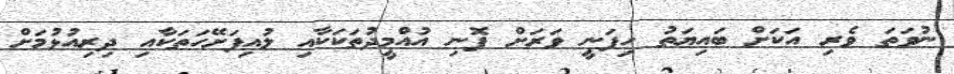
ނުވަތަ ވެރި އަކަށް ބައިޔަތު ހިފަނީ ވަރަށް ފޮނި އުއްމީދުތަކަކާއި ލުއިފަށޭހަތަކާއި ދިރިއުޅުމަށް